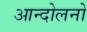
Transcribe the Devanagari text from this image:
आन्दोलनो